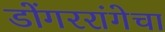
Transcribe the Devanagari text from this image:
डोंगररांगेचा